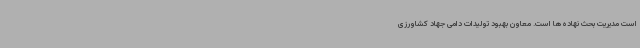
است مدیریت بحث نهاده‌ها است. معاون بهبود تولیدات دامی جهاد کشاورزی